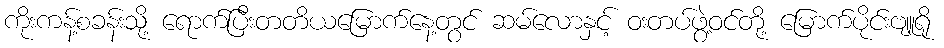
ကိုးကန့်စခန်းသို့ ရောက်ပြီးတတိယမြောက်နေ့တွင် ဆမ်လောနှင့် ဝးတပ်ဖွဲ့ဝင်တို့ မြောက်ပိုင်းဗျူရို